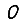
Digit: 0